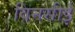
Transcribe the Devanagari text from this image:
विनसीई